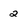
Character: 2